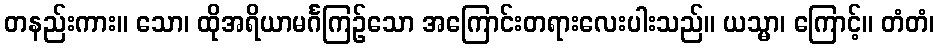
တနည်းကား။ သော၊ ထိုအရိယာမင်္ဂကြဉ်သော အကြောင်းတရားလေးပါးသည်။ ယသ္မာ၊ ကြောင့်။ တံတံ၊